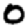
Digit: 0